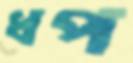
ধপ